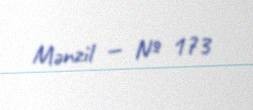
Mənzil — № 173